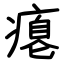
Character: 瘪